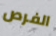
الفرص